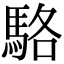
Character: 駱